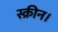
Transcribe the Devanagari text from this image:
स्क्रीन।